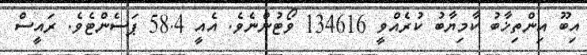
އިބޫ އިންތިޚާބު ކާމިޔާބު ކުރެއްވީ 134616 ވޯޓުންނެވެ. އެއީ 58.4 ޕަސެންޓެވެ. ރައީސް